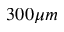
3 0 0 \mu m